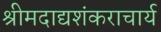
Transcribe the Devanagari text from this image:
श्रीमदाद्यशंकराचार्य